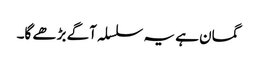
گمان ہے یہ سلسلہ آگے بڑھے گا۔